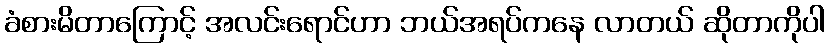
ခံစားမိတာကြောင့် အလင်းရောင်ဟာ ဘယ်အရပ်ကနေ လာတယ် ဆိုတာကိုပါ